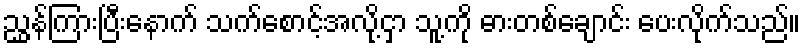
ညွှန်ကြားပြီးနောက် သက်စောင့်အလို့ငှာ သူ့ကို ဓားတစ်ချောင်း ပေးလိုက်သည်။